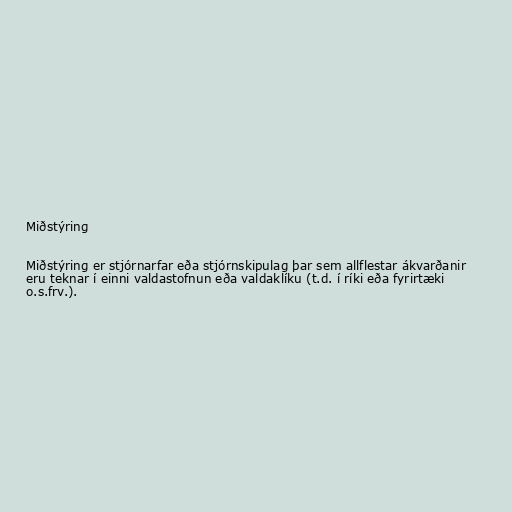
Miðstýring

Miðstýring er stjórnarfar eða stjórnskipulag þar sem allflestar ákvarðanir
eru teknar í einni valdastofnun eða valdaklíku (t.d. í ríki eða fyrirtæki
o.s.frv.).